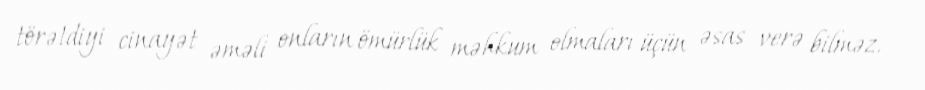
törətdiyi cinayət əməli onların ömürlük məhkum olmaları üçün əsas verə bilməz.